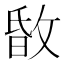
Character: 𢽹